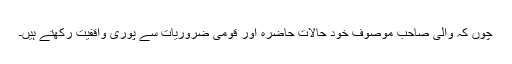
چوں کہ والی صاحب موصوف خود حالاتِ حاضرہ اور قومی ضروریات سے پوری واقفیت رکھتے ہیں۔